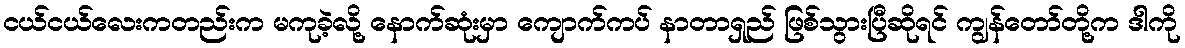
ငယ်ငယ်လေးကတည်းက မကုခဲ့လို့ နောက်ဆုံးမှာ ကျောက်ကပ် နာတာရှည် ဖြစ်သွားပြီဆိုရင် ကျွန်တော်တို့က ဒါကို